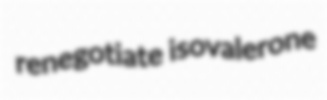
renegotiate isovalerone